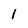
Character: 1